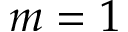
m = 1